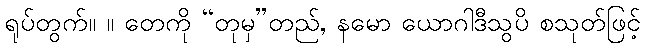
ရုပ်တွက်။ ။ တေကို “တုမှ”တည်, နမော ယောဂါဒီသွပိ စသုတ်ဖြင့်